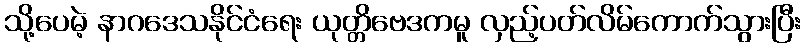
သို့ပေမဲ့ နာဂဒေသနိုင်ငံရေး ယုတ္တိဗေဒကမူ လှည့်ပတ်လိမ်ကောက်သွားပြီး